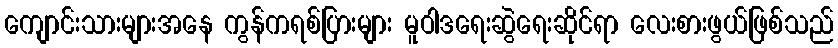
ကျောင်းသားများအနေ ကွန်ကရစ်ပြားများ မူဝါဒရေးဆွဲရေးဆိုင်ရာ လေးစားဖွယ်ဖြစ်သည်